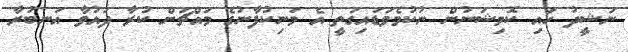
ނަޝީދު ހައި ކޮމިޝަނުން ނުކުމެވަޑައިގަތީ އެ މަނިކުފާނުގެ މައްޗަށް ކުރާ ދައުވާ އަނބުރާ